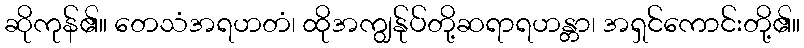
ဆိုကုန်၏။ တေသံအရဟတံ၊ ထိုအကျွန်ုပ်တို့ဆရာရဟန္တာ၊ အရှင်ကောင်းတို့၏။